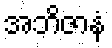
အဘိဇာနံ